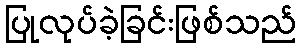
ပြုလုပ်ခဲ့ခြင်းဖြစ်သည်